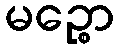
မဉ္စော